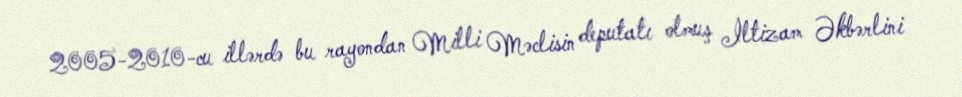
2005-2010-cu illərdə bu rayondan Milli Məclisin deputatı olmuş İltizam Əkbərlini